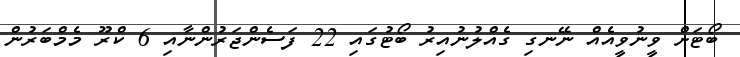
ބޯޓަށް ވީނުވީއެއް ނޭނގި ގެއްލުނުއިރު ބޯޓުގައި 22 ފަސެންޖަރުންނާއި 6 ކްރޫ މެމްބަރުން